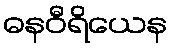
ဓနဝီရိယေန